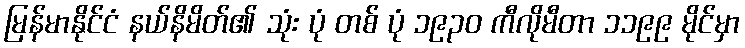
မြန်မာနိုင်ငံ နယ်နိမိတ်၏ သုံး ပုံ တစ် ပုံ ၁၉၃၀ ကီလိုမီတာ ၁၁၉၉ မိုင်မှာ